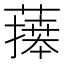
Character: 𦾙